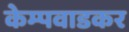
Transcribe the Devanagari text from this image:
केम्पवाडकर